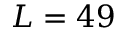
L = 4 9